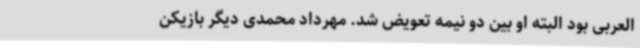
العربی بود البته او بین دو نیمه تعویض شد. مهرداد محمدی دیگر بازیکن